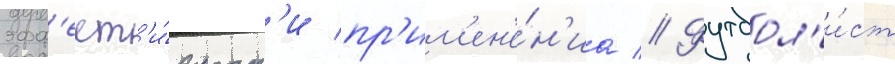
эфф'ект'и́вност'и пр'им'ен'е́н'иа // Футбол'и́ст